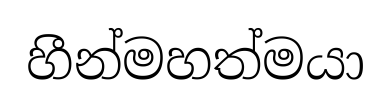
හීන්මහත්මයා